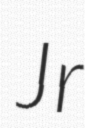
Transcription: Jr